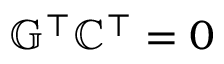
\mathbb { G } ^ { \top } \mathbb { C } ^ { \top } = 0